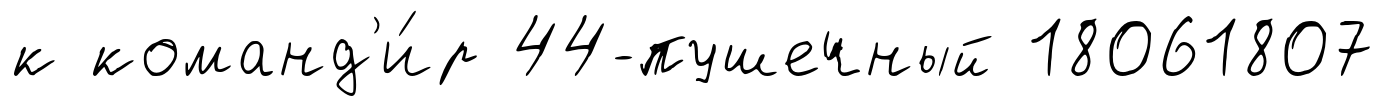
к команд'и́р 44-пушечный 18061807